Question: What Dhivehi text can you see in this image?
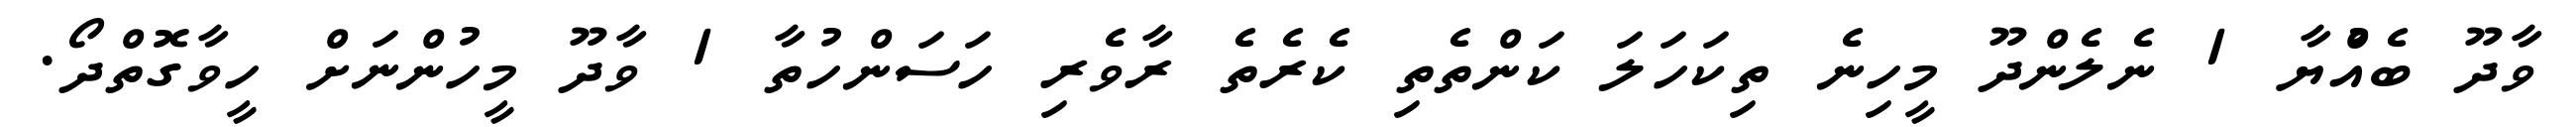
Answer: ވާދޫ ބެއްުޔާ 1 ނެލެންދޫ މީހިނެ ތިކަހަލަ ކަންތެތި ކެރެތެ ރާވެރި ހަސަންހުތާ 1 ވާދޫ މީހުންނަށް ހީވާގޮތްދޯ.